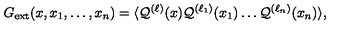
G _ { \mathrm { e x t } } ( x , x _ { 1 } , \ldots , x _ { n } ) = \langle { \cal Q } ^ { ( \ell ) } ( x ) { \cal Q } ^ { ( \ell _ { 1 } ) } ( x _ { 1 } ) \ldots { \cal Q } ^ { ( \ell _ { n } ) } ( x _ { n } ) \rangle ,